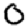
Digit: 0